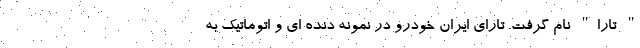
" تارا" نام گرفت. تارای ایران خودرو در نمونه دنده ای و اتوماتیک به